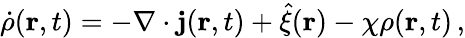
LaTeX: \dot{\rho}(\mathbf{r},t)=-\nabla\cdot\textbf{j}(\mathbf{r},t)+\hat{\xi}(\mathbf{r})-\chi\rho(\mathbf{r},t)\, ,